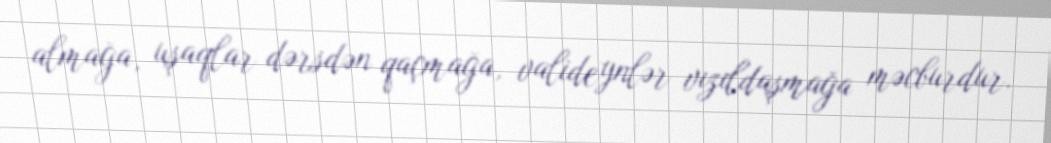
almağa, uşaqlar dərsdən qaçmağa, valideynlər vızıldaşmağa məcburdur.